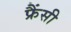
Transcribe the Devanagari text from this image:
फ्रैंसी